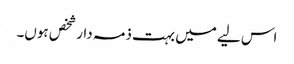
اس لیے میں بہت ذمہ دار شخص ہوں۔